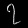
Digit: ၇